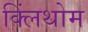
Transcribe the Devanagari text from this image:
क्लिंथोम